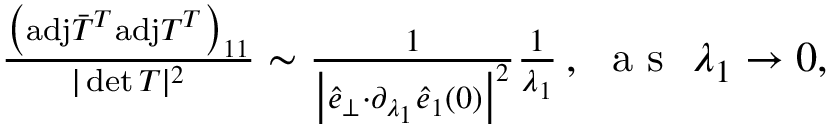
\begin{array} { r } { \! \! \! \frac { \big ( \mathrm { a d j } \bar { T } ^ { T } \mathrm { a d j } T ^ { T } \big ) _ { 1 1 } } { \vert \operatorname* { d e t } T \vert ^ { 2 } } \sim \frac { 1 } { \big \vert \hat { e } _ { \perp } { \cdot } \partial _ { \lambda _ { 1 } } \hat { e } _ { 1 } ( 0 ) \big \vert ^ { 2 } } \frac { 1 } { \lambda _ { 1 } } \, , ~ \mathrm { ~ a ~ s ~ } ~ \lambda _ { 1 } \rightarrow 0 , } \end{array}